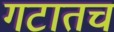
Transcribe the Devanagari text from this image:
गटातच